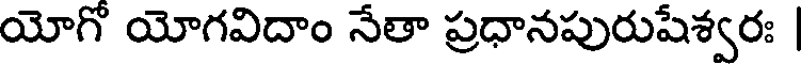
యోగో యోగవిదాం నేతా ప్రధానపురుషేశ్వరః |